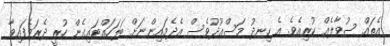
އެތައް ސުވާލެއް ކުރިއެވެ. އެ ހިނދު މަސްޢޫދުވެސް އެދެމައިންނަށް ބަލަހައްޓައިގެން ހުރީ ދެރަވެފައިވާ